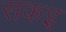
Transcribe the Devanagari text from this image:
सकइ